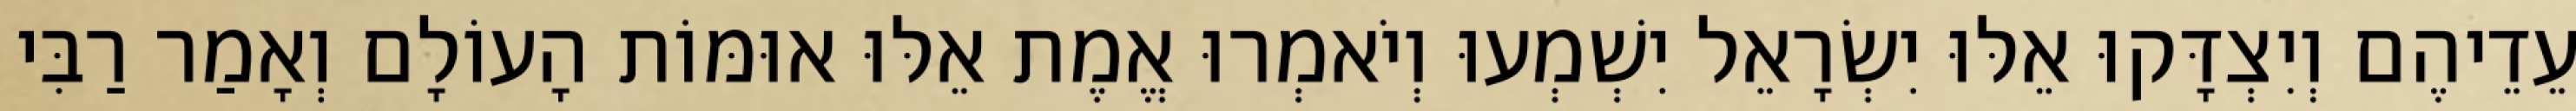
עֵדֵיהֶם וְיִצְדָּקוּ אֵלּוּ יִשְׂרָאֵל יִשְׁמְעוּ וְיֹאמְרוּ אֱמֶת אֵלּוּ אוּמּוֹת הָעוֹלָם וְאָמַר רַבִּי